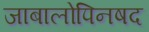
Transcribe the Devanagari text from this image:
जाबालोपिनषद